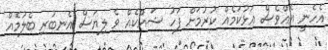
އެހެނީ އެއްވެސް އަޅުކަމެއް ކުރުމަށް ފަހު ޝައްކެއް ވެ ލިޔަސް އެނބުރި ބެލުމެއް